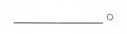
___。